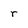
Character: r